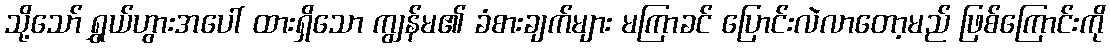
သို့သော် ရွှယ်ဟွားအပေါ် ထားရှိသော ကျွန်မ၏ ခံစားချက်များ မကြာခင် ပြောင်းလဲလာတော့မည် ဖြစ်ကြောင်းကို